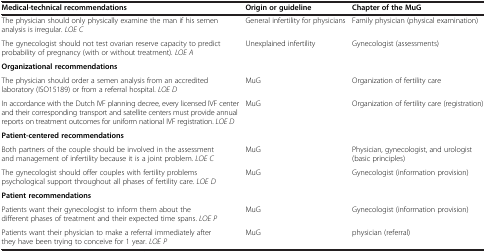
| Medical-technical recommendations | Origin or guideline | Chapter of the MuG |
 | --- | --- | --- |
 | The physician should only physically examine the man if his semen analysis is irregular. LOE C | General infertility for physicians | Family physician (physical examination) |
 | The gynecologist should not test ovarian reserve capacity to predict probability of pregnancy (with or without treatment). LOE A | Unexplained infertility | Gynecologist (assessments) |
 | Organizational recommendations |  |  |
 | The physician should order a semen analysis from an accredited laboratory (ISO15189) or from a referral hospital. LOE D | MuG | Organization of fertility care |
 | In accordance with the Dutch IVF planning decree, every licensed IVF center and their corresponding transport and satellite centers must provide annual reports on treatment outcomes for uniform national IVF registration. LOE D | MuG | Organization of fertility care (registration) |
 | Patient-centered recommendations |  |  |
 | Both partners of the couple should be involved in the assessment and management of infertility because it is a joint problem. LOE C | MuG | Physician, gynecologist, and urologist (basic principles) |
 | The gynecologist should offer couples with fertility problems psychological support throughout all phases of fertility care. LOE D | MuG | Gynecologist (information provision) |
 | Patient recommendations |  |  |
 | Patients want their gynecologist to inform them about the different phases of treatment and their expected time spans. LOE P | MuG | Gynecologist (information provision) |
 | Patients want their physician to make a referral immediately after they have been trying to conceive for 1 year. LOE P | MuG | physician (referral) |